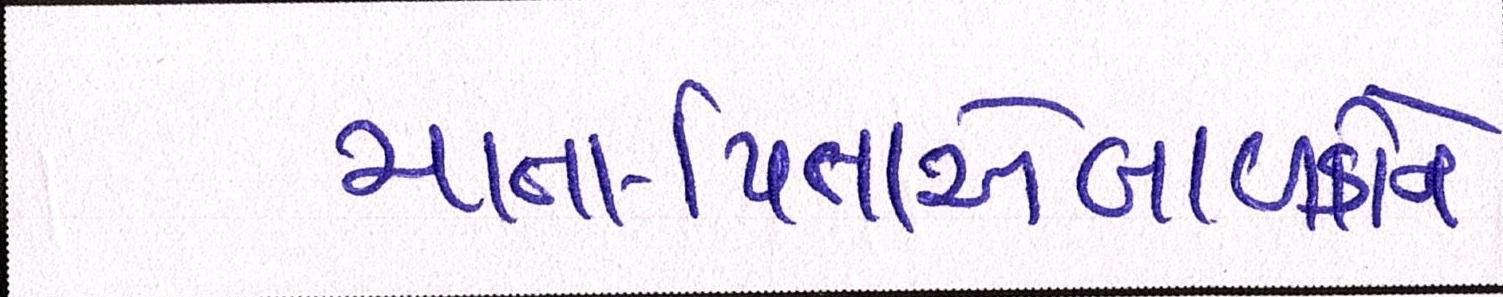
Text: માતા-પિતાએબાળકોને